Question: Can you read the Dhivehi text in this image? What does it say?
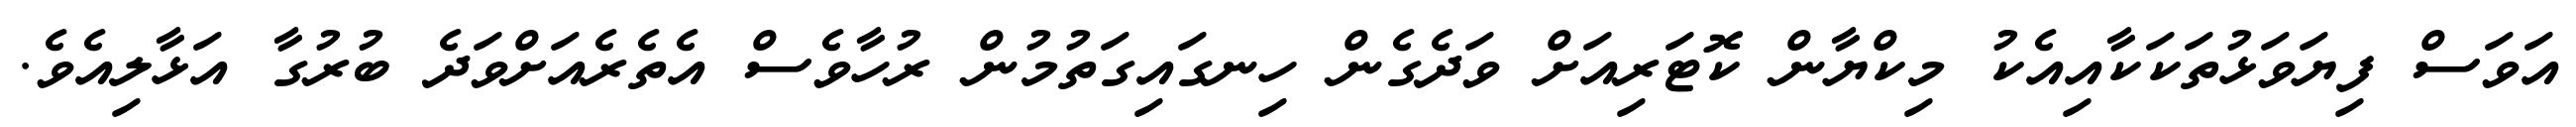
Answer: އަވަސް ފިޔަވަޅުތަކަކާއިއެކު މިކްޔާން ކޮޓަރިއަށް ވަދެގެން ހިނގައިގަތުމުން ރުހާވެސް އެތެރެއަށްވަދެ ބުރުގާ އަޅާލިއެވެ.